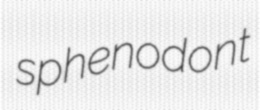
sphenodont